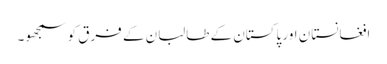
افغانستان اور پاکستان کے طالبان کے فرق کو سمجھو۔